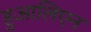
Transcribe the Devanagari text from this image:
हुआलिएन